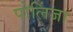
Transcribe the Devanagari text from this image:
पोलिंजा